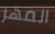
المهر